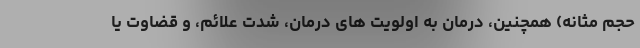
حجم مثانه) همچنین، درمان به اولویت های درمان، شدت علائم، و قضاوت یا